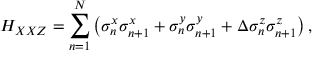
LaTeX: H _ { X X Z } = \sum _ { n = 1 } ^ { N } \left( \sigma _ { n } ^ { x } \sigma _ { n + 1 } ^ { x } + \sigma _ { n } ^ { y } \sigma _ { n + 1 } ^ { y } + \Delta \sigma _ { n } ^ { z } \sigma _ { n + 1 } ^ { z } \right) ,